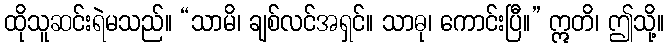
ထိုသူဆင်းရဲမသည်။ “သာမိ၊ ချစ်လင်အရှင်။ သာဓု၊ ကောင်းပြီ။” ဣတိ၊ ဤသို့။